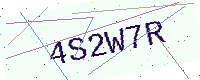
Text: 4S2W7R